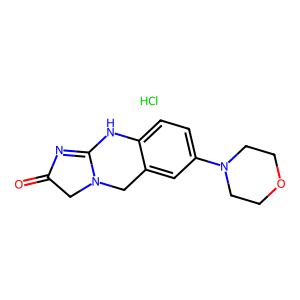
SMILES: Cl.O=C1CN2Cc3cc(N4CCOCC4)ccc3NC2=N1
Inhibits HIV replication: No